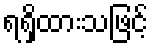
ရရှိထားသဖြင့်